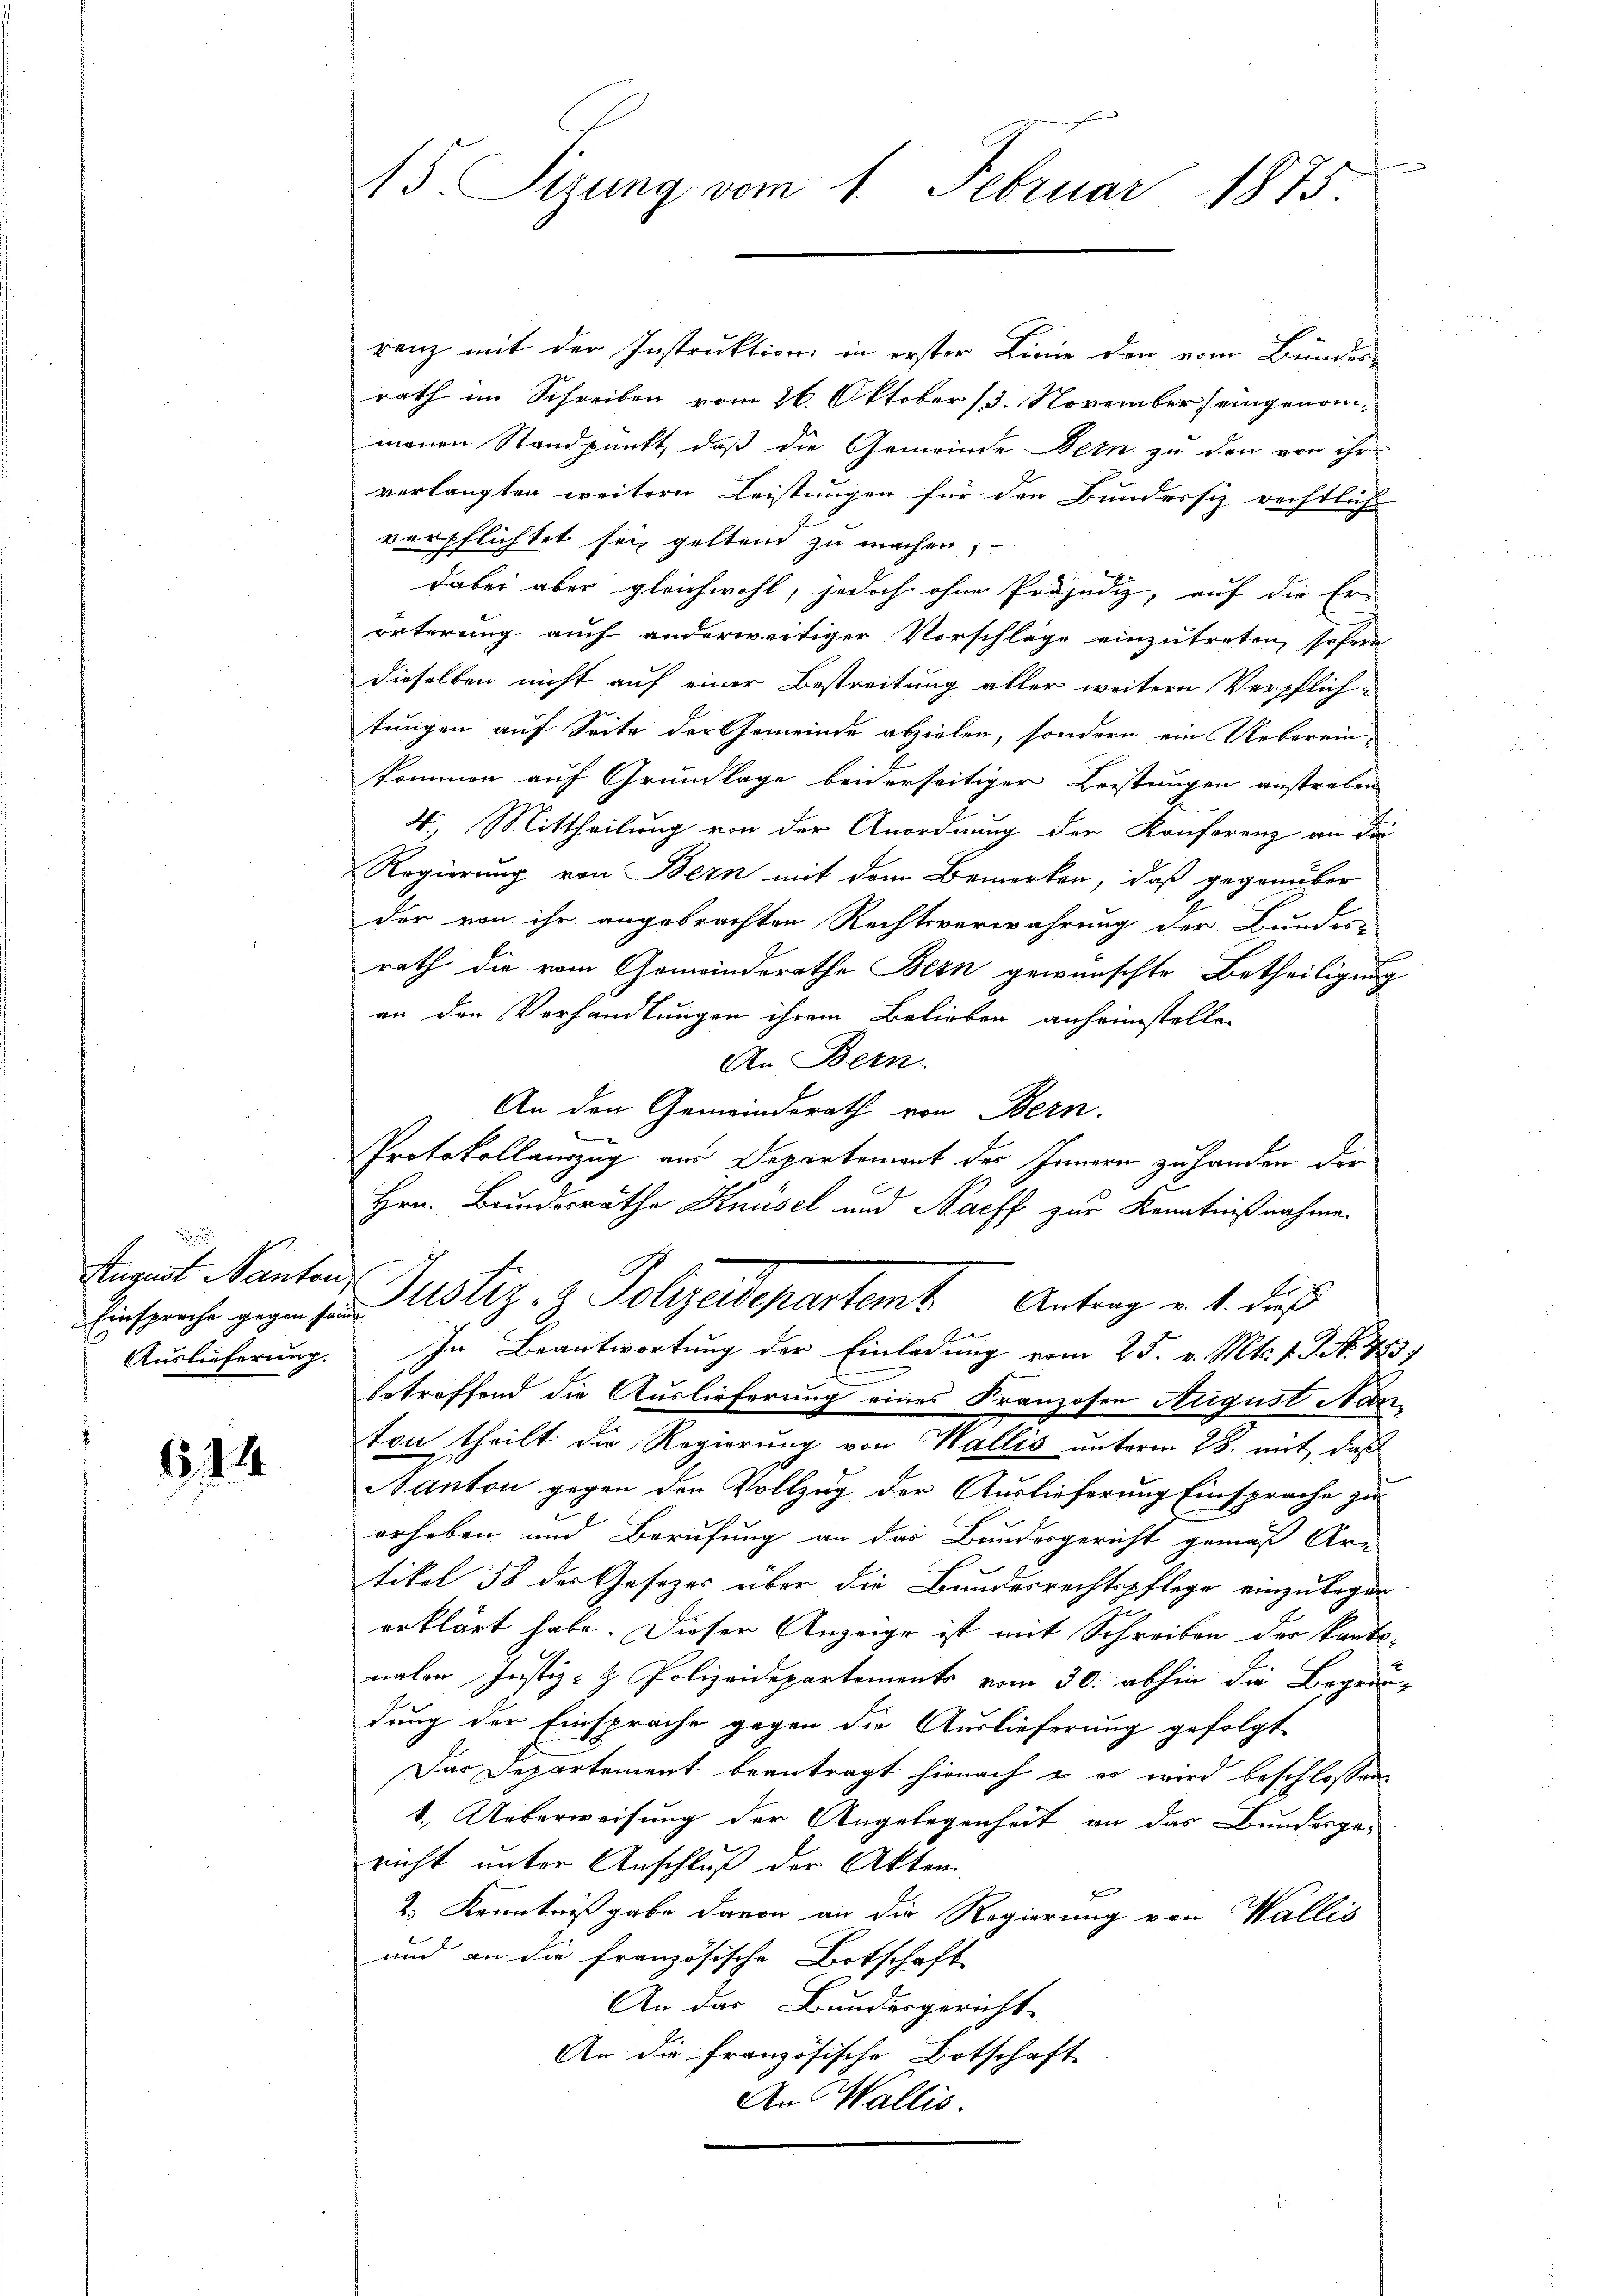
August Nanton,
Auslieferung.

114

15. Sizung vom 1. Februar 1875.

renz mit der Instruktion in erster Linie den vom Bundes-
rath im Schreiben vom 26. Oktober 13. November eingenommenen Standpunkt, daß die Gemeinde Bern zu den von ihr
verlangten weitern Leistungen für den Bundessiz rechtliche
verpflichtet sei, geltend zu machen;
dabei aber gleichwohl, jedoch ohne Präjudiz, auf die Er-
örterung auch anderweitiger Vorschläge einzutreten, sofor
dieselben nicht auf einer Bestreitung aller weitern Verpflichtungen auf Seite der Gemeinde abzielen, sondern ein Ueberein-
kommen auf Grundlage beiderseitiger Leistungen anstreben
.. Mittheilung von der Anordnung der Konferenz an die
Regierung von Bern mit dem Bemerken, daß gegenüber
der von ihr angebrachten Rechtsverwahrung der Bundes-
rath die vom Gemeinderathe Bern gewünschte Betheiligung
an der Verhandlungen ihrem Belieben anheimstellen
An Bern.
An den Gemeinderath von Bern.
Protokollauszug aus Departement der Innern zu handen der
Hrn. Bundesrathe Knüsel und Nacff zur Kenntnißnahme.
Ersprache gegen so. Astiz- & Polizeidepartamt Antrag v. 4. das
In Beantwortung der Einladung vom 25. v. Mts. f. J. No. 1783
betreffend die Auslieferung eines Franzosen August Nanton theilt die Regierung von Wallis unterm 28. mit das
Nanton gegen der Vollzug der Auslieferung Einsprache zu
erheben und Berufung an das Bundesgericht gemäß Ar-
tikel 58 des Gesezes über die Bundesrechtspflege einzulegen
erklärt habe. Dieser Anzeige ist mit Schreiben der kantonalen Justiz- & Polizeidepartements vom 30. abhin die Begründung der Einsprache gegen die Auslieferung gefolgt
Das Departement beantragt hienach & es wird beschlossen
1. Ueberweisung der Angelegenheit an das Bundesge-
richt unter Anschluß der Akten.
f
2.) Kenntnißgabe davon an die Regierung von Wallis
und an die Französische Botschaft
An das Bundesgericht
An die französische Botschaft
An Wallis.